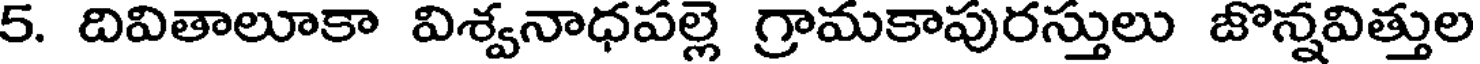
5. దివితాలూకా విశ్వనాధపల్లె గ్రామకాపురస్తులు జొన్నవిత్తుల